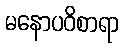
မနောပဝိစာရာ